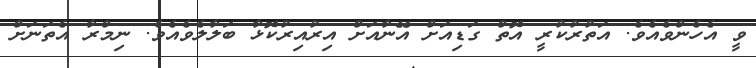
ވީ އެހެންވެއެވެ. އަތުރުކުރީ އޮތް ގަޑިއަށް އޭނާއަށް އިރުއިރުކޮޅާ ބަލާލެވެއެވެ. ނިމްރާ އެތަނަށް